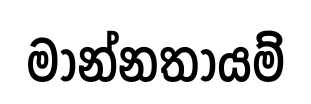
මාන්නතායම්